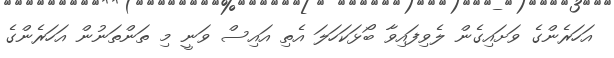
އަހަރެންގެ ވަށައިގެން ލެވިފައިވާ ބޯޅަކަހަލަ އެތި އައިސް ވަނީ މި ތަންތަނުން އަހަރެންގެ